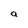
Character: a